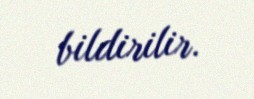
bildirilir.